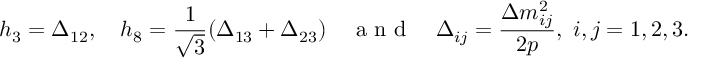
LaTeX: h _ { 3 } = \Delta _ { 1 2 } , \quad h _ { 8 } = \frac { 1 } { \sqrt { 3 } } ( \Delta _ { 1 3 } + \Delta _ { 2 3 } ) \quad \textrm { a n d } \quad \Delta _ { i j } = \frac { \Delta m _ { i j } ^ { 2 } } { 2 p } , ~ i , j = 1 , 2 , 3 .